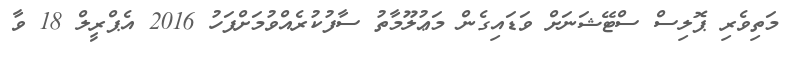
މަތިވެރި ޕޮލިސް ސްޓޭޝަނަށް ވަޑައިގެން މަޢުލޫމާތު ސާފުކުރެއްވުމަށްފަހު 2016 އެޕްރީލް 18 ވާ